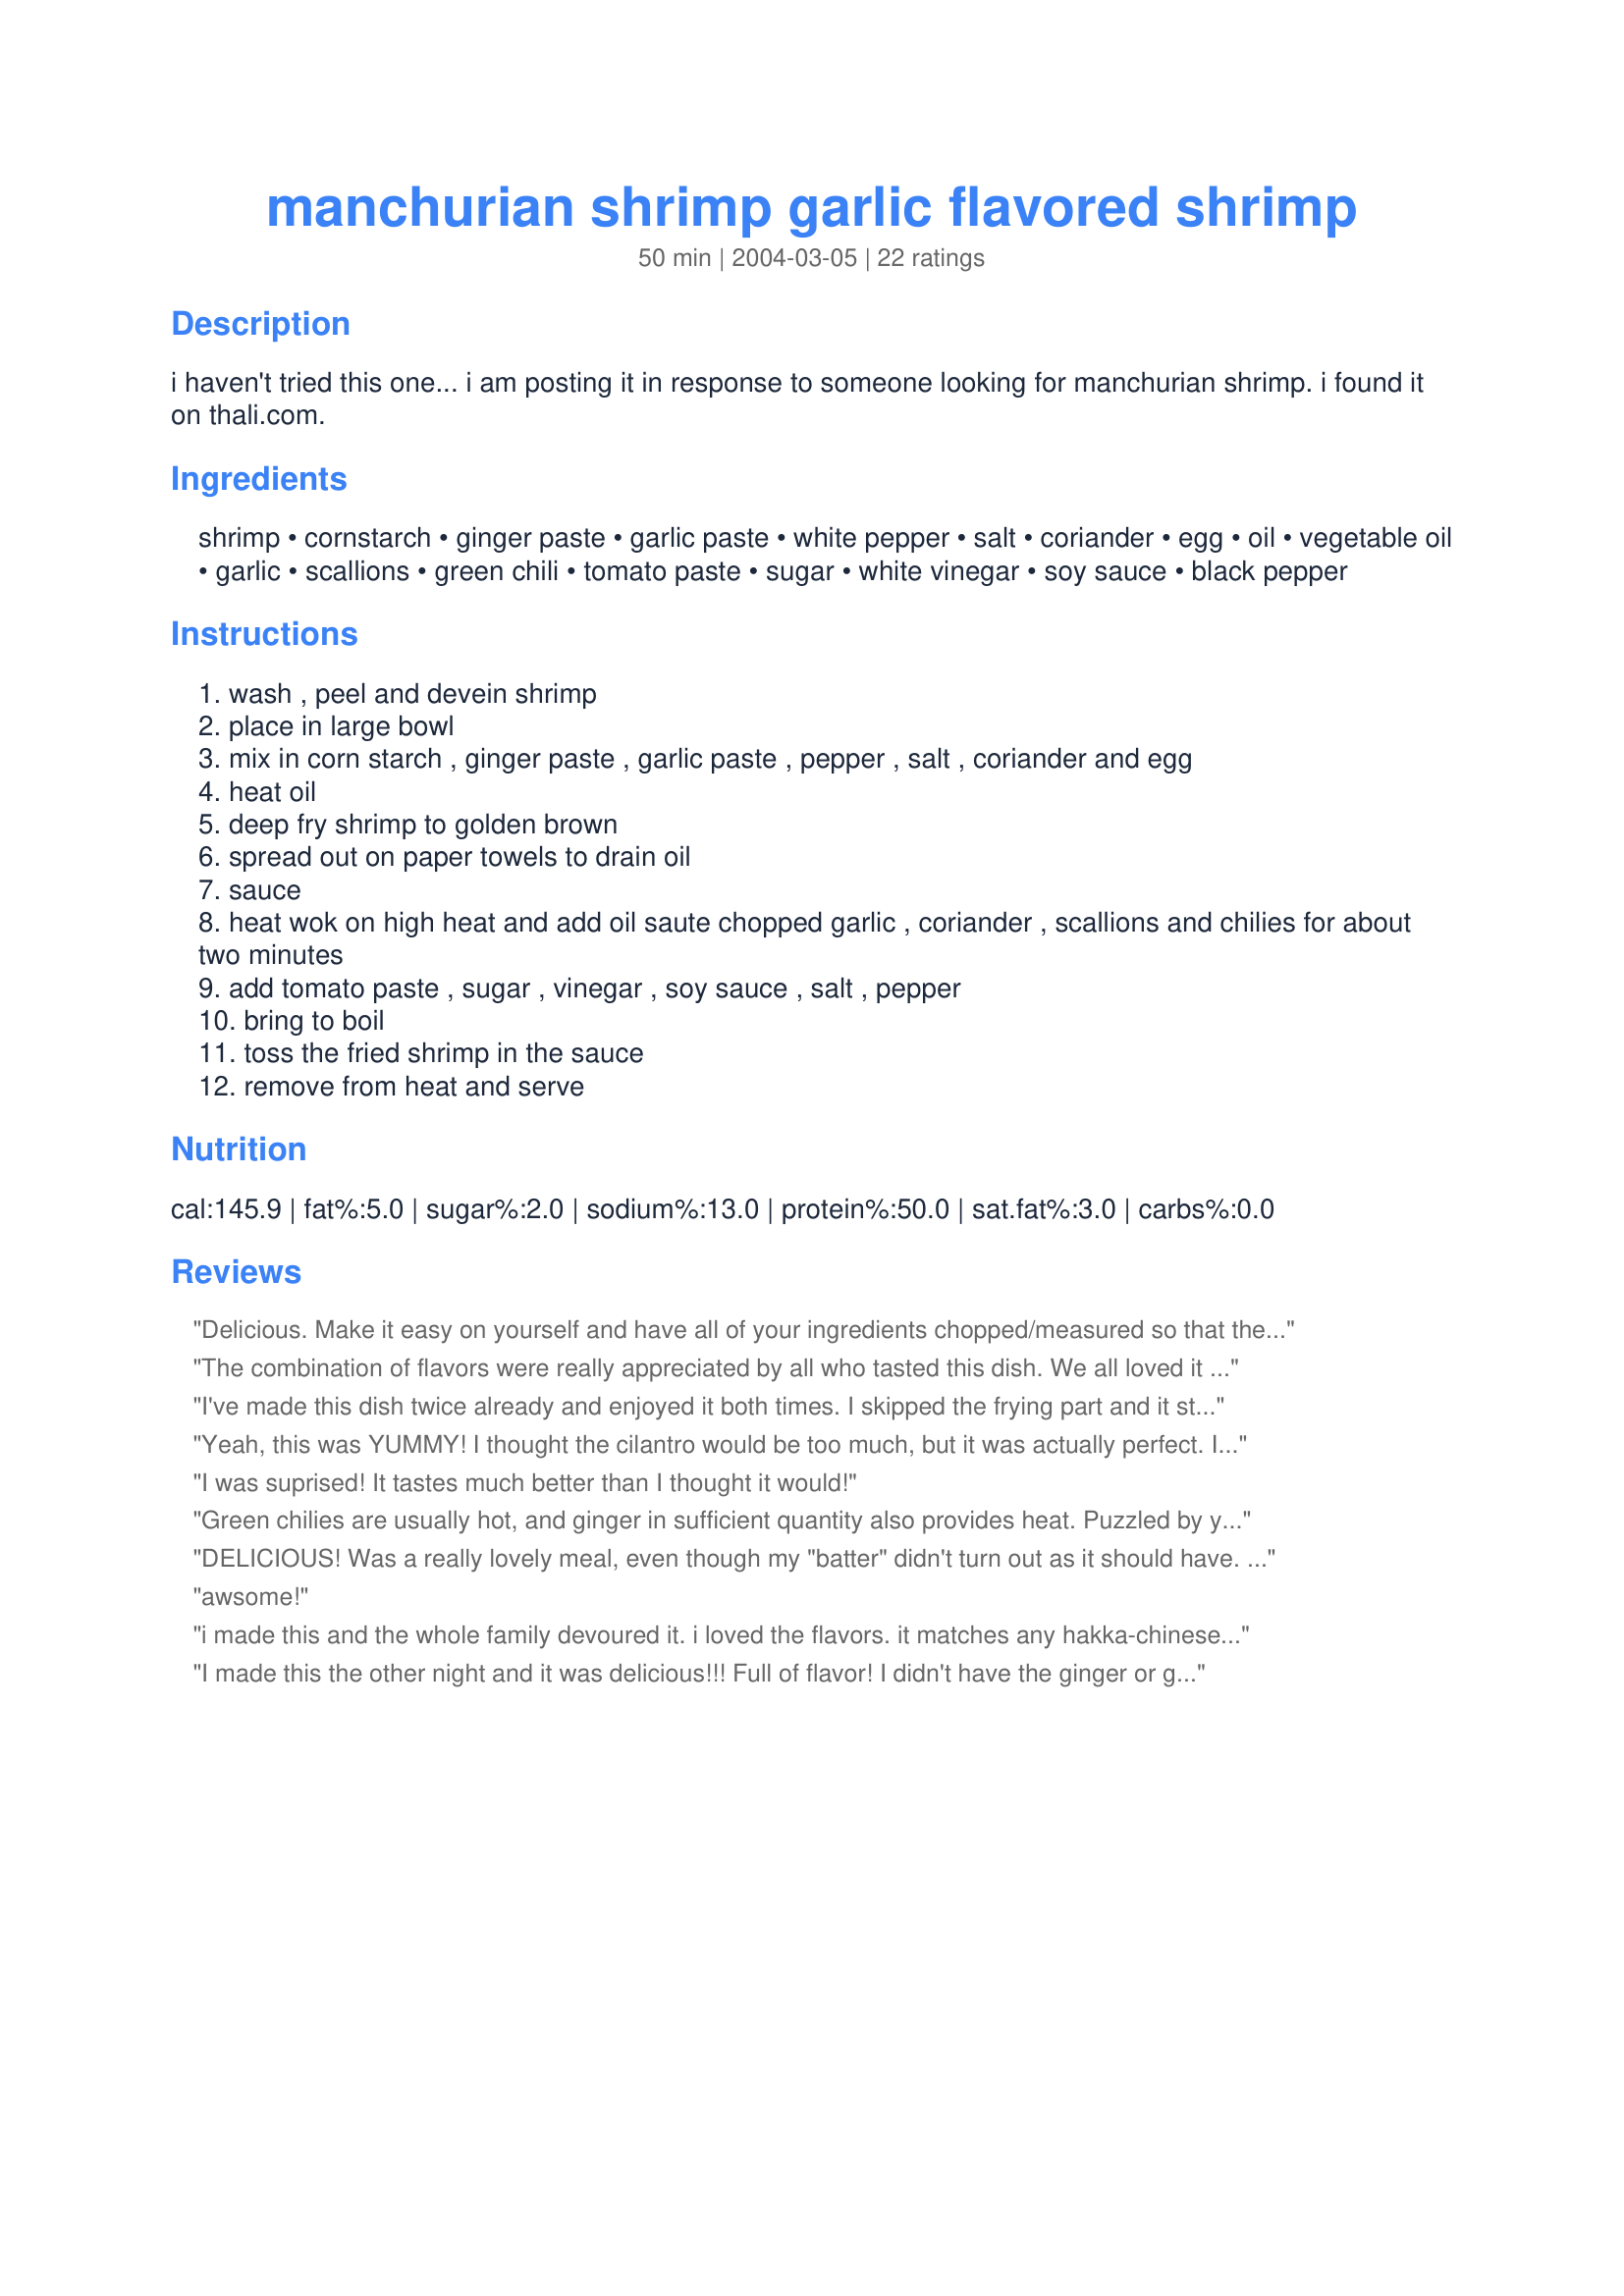
manchurian shrimp garlic flavored shrimp
Preparation time: 50 minutes

i haven't tried this one... i am posting it in response to someone looking for manchurian shrimp. i found it on thali.com.

Ingredients:
shrimp, cornstarch, ginger paste, garlic paste, white pepper, salt, coriander, egg, oil, vegetable oil, garlic, scallions, green chili, tomato paste, sugar, white vinegar, soy sauce, black pepper

Steps:
wash , peel and devein shrimp
place in large bowl
mix in corn starch , ginger paste , garlic paste , pepper , salt , coriander and egg
heat oil
deep fry shrimp to golden brown
spread out on paper towels to drain oil
sauce
heat wok on high heat and add oil saute chopped garlic , coriander , scallions and chilies for about two minutes
add tomato paste , sugar , vinegar , soy sauce , salt , pepper
bring to boil
toss the fried shrimp in the sauce
remove from heat and serve

Reviews:
Delicious. Make it easy on yourself and have all of your ingredients chopped/measured so that the cooking process runs smoothly and quickly; chopping in during the cooking could allow time for ingredients to burn and turn bitter (especially garlic!) We put ours over rice noodles and it was perfect!
The combination of flavors were really appreciated by all who tasted this dish. We all loved it and everyone agreed it should be made again, and soon! Nuff said!
I've made this dish twice already and enjoyed it both times. I skipped the frying part and it still came out great. At the dinner table, I added a bit of crushed red peppers to my serving and it was delish!
Yeah, this was YUMMY! I thought the cilantro would be too much, but it was actually perfect. I even brought a bite over to my neighbor who loved it - as did my two year old twins. Thanks!
I was suprised! It tastes much better than I thought it would!
Green chilies are usually hot, and ginger in sufficient quantity also provides heat. Puzzled by your claim that nothing hot seems to be in the recipe...
DELICIOUS! Was a really lovely meal, even though my "batter" didn't turn out as it should have. I will be giving it another try soon. I substituted fresh garlic and ginger for the pastes and the flavour was great. Thanks for posting!!
awsome!
i made this and the whole family devoured it. i loved the flavors. it matches any hakka-chinese place in the city!
I made this the other night and it was delicious!!! Full of flavor! I didn't have the ginger or garlic paste so I used fresh and it was outstanding! I will definatley make this again when I have friends over for dinner!
It was okay...was missing something.
Delightful! This was such a flavorful recipe - raves from the boyfriend. I didn't really end up deep frying the shrimp - I just sauteed it in the cornstarch/ginger/etc mixture to reduce fat. Delicious!
i tried this...and its awesome...it tasted soo good ...my parents and brotehrs loved it..

thanks a lot for this
A hard to please family gives this recipe 5 stars. I used a bit of chili oil in the oil when frying the shrimp. I also used salsa verde instead of green chilis. Only wish I would have made more!
I made a few changes to this recipe and used a cocktail Sauce instead of Tomato Sauce and doubled the quantity of each Ingredient for the Sauce as it was pretty dry the first time i tried this.
Awesome. Fried the shrimp only lightly and added lemon grass. Killer recipe. Thanks alot!
This was oh so tasty!!
Yum! I used olive oil instead of veg. oil. and I did not have regular vinegar so used balsamic and added butter.I also used serrano peppers bacause I did not have green chili. It was still very good! Thanks for the recipe. LOL
This dish is packed with flavor! I have already made this dish twice, and will be making it many more times in the future! Thanks!
Nicely done! My husband and I really enjoyed the spicy sweet combination of the ingredients. I did not have ginger paste, so i used fresh grated ginger. I also could not find garlic paste, so i used Thai chili garlic paste. The recipe has a heat to it, but not until after you finish.

I served the dish over Jasmine Rice.

The actual calories is about 285 per serving, if you include the sauce.

I will be having this again, soon!
This was REALLY REALLY good. I did not add the green chilies because I forgot to but them. Also, instead of coriander I used cilantro, and lots of it..THANKS
Great flavor. I substituted ketchup for the tomato paste and it came out very nicely I'd double the recipe for sauce next time. It didn't seem like much.
This was yummy!!! I added 1tbs butter.I'll be making it many more times in the future....thanksss...
